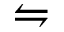
\leftrightharpoons